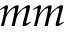
m m